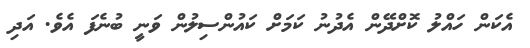
އެކަން ހައްލު ކޮށްދޭން އެދުނު ކަމަށް ކައުންސިލުން ވަނީ ބުނެފަ އެވެ. އަދި